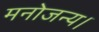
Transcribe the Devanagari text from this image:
मनोजन्य।